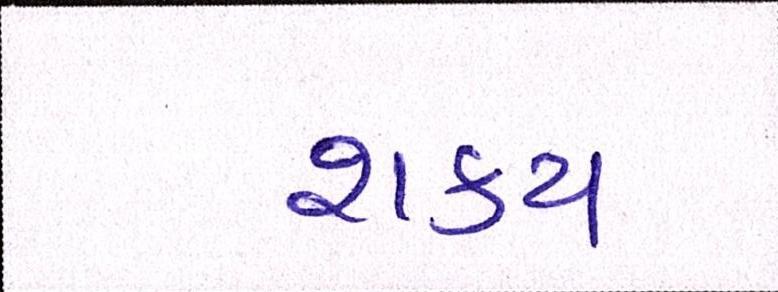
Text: શક્ય